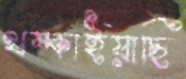
থম্‌কাইয়াছি